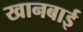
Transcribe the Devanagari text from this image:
खानबाई